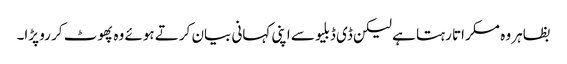
بظاہر وہ مسکراتا رہتا ہے لیکن ڈی ڈبلیو سے اپنی کہانی بیان کرتے ہوئے وہ پھوٹ کر رو پڑا۔